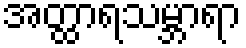
အတ္ထာရသမ္ဘာရာ